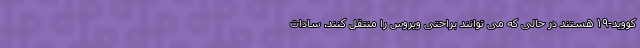
کووید-۱۹ هستند در حالی که می توانند براحتی ویروس را منتقل کنند. سادات